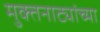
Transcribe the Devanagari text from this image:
मुक्तनाट्यांच्या